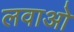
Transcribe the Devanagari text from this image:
लवाओ